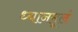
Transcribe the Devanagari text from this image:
ध्यानमूलं